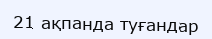
21 ақпанда туғандар